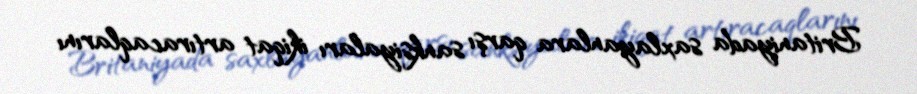
Britaniyada saxlayanlara qarşı sanksiyaları ikiqat artıracaqlarını